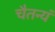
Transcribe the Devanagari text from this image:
चैतन्यं